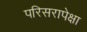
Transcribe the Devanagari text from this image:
परिसरापेक्षा